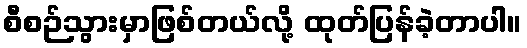
စီစဉ်သွားမှာဖြစ်တယ်လို့ ထုတ်ပြန်ခဲ့တာပါ။